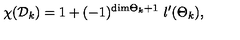
\chi ( { \cal D } _ { k } ) = 1 + ( - 1 ) ^ { \mathrm { d i m } { { \Theta } _ { k } } + 1 } \ l ^ { \prime } ( { { \Theta } _ { k } } ) ,